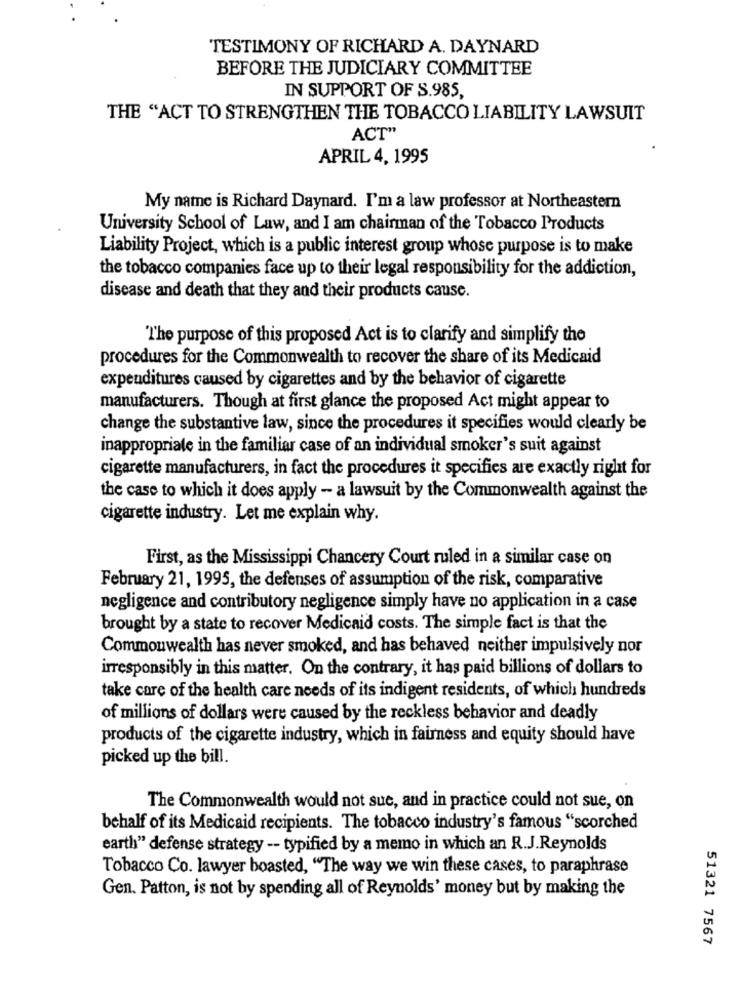
TESTIMONY OF RICHARD A. DAYNARD
BEFORE THE JUDICIARY COMMITTEE
IN SUPPORT OF S.985,
THE "ACT TO STRENGTHEN THE TOBACCO LIABILITY LAWSUIT
ACT"
APRIL 4, 1995
My name is Richard Daynard. I'm a law professor at Northeastern
University School of Law, and I am chairman of the Tobacco Products
Liability Project, which is a public interest group whose purpose is to make
the tobacco companies face up to their legal responsibility for the addiction,
disease and death that they and their products cause.
The purpose of this proposed Act is to clarify and simplify the
procedures for the Commonwealth to recover the share of its Medicaid
expenditures caused by cigarettes and by the behavior of cigarette
manufacturers. Though at first glance the proposed Act might appear to
change the substantive law, since the procedures it specifies would clearly be
inappropriate in the familiar case of an individual smoker's suit against
cigarette manufacturers, in fact the procedures it specifies are exactly right for
the case to which it does apply - a lawsuit by the Commonwealth against the
cigarette industry. Let me explain why.
First, as the Mississippi Chancery Court ruled in a similar case on
February 21, 1995, the defenses of assumption of the risk, comparative
negligence and contributory negligence simply have no application in a case
brought by a state to recover Medicaid costs. The simple fact is that the
Commonwealth has never smoked, and has behaved neither impulsively nor
irresponsibly in this matter. On the contrary, it has paid billions of dollars to
take care of the health care needs of its indigent residents, of which hundreds
of millions of dollars were caused by the reckless behavior and deadly
products of the cigarette industry, which in fairness and equity should have
picked up the bill.
The Commonwealth would not sue, and in practice could not sue, on
behalf of its Medicaid recipients. The tobacco industry's famous "scorched
earth" defense strategy -- typified by a memo in which an R.J.Reynolds
Tobacco Co. lawyer boasted, "The way we win these cases, to paraphrase
Gen. Patton, is not by spending all of Reynolds' money but by making the
51321 7567